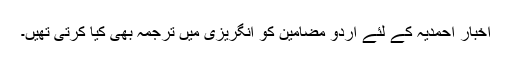
اخبار احمدیہ کے لئے اردو مضامین کو انگریزی میں ترجمہ بھی کیا کرتی تھیں۔